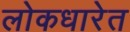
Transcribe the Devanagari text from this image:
लोकधारेत